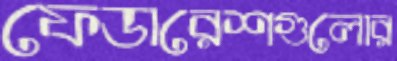
ফেডারেশগুলোর